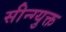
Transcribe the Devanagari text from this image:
सीन्ग्युक्त